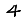
Digit: 4